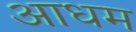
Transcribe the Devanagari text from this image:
आधम